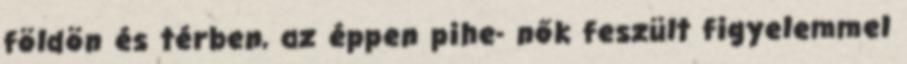
földön és térben, az éppen pihe- nők feszült figyelemmel